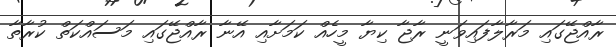
ރާއްޖޭގައި މަރާލާފައިވަނީ ރާޖާ ކިޔާ މީހެއް ކަމަށާއި އޭނާ ރާއްޖޭގައި މަސައްކަތް ކުރާތާ